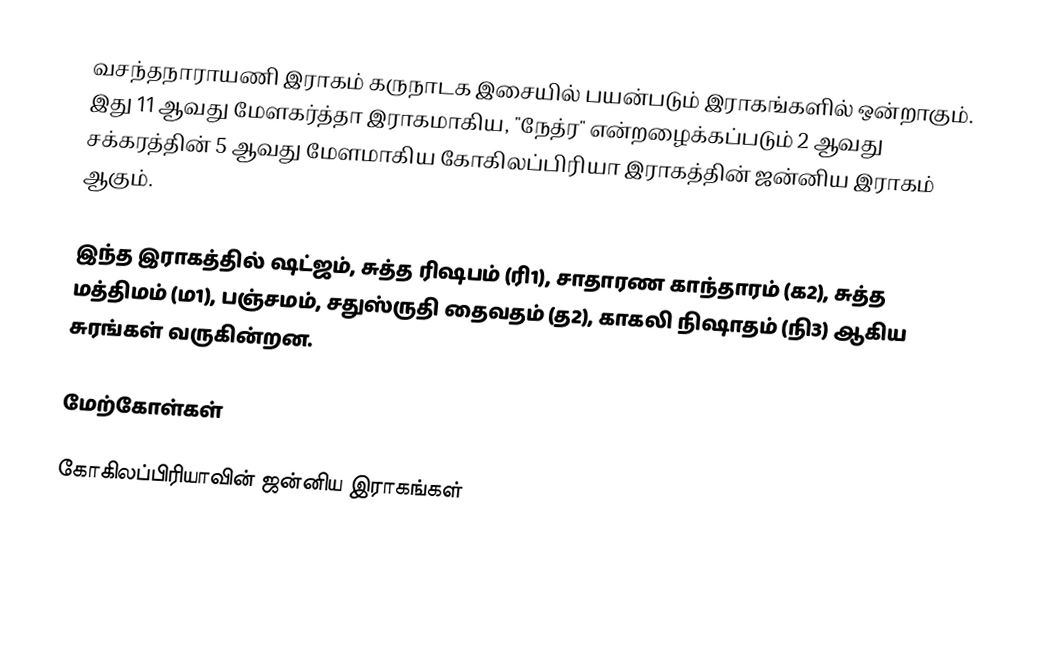
வசந்தநாராயணி இராகம் கருநாடக இசையில் பயன்படும் இராகங்களில் ஒன்றாகும். இது 11 ஆவது மேளகர்த்தா இராகமாகிய, "நேத்ர" என்றழைக்கப்படும் 2 ஆவது சக்கரத்தின் 5 ஆவது மேளமாகிய கோகிலப்பிரியா இராகத்தின் ஜன்னிய இராகம் ஆகும்.

இந்த இராகத்தில் ஷட்ஜம், சுத்த ரிஷபம் (ரி1), சாதாரண காந்தாரம் (க2), சுத்த மத்திமம் (ம1), பஞ்சமம்,  சதுஸ்ருதி தைவதம் (த2), காகலி நிஷாதம் (நி3) ஆகிய சுரங்கள் வருகின்றன.

மேற்கோள்கள்

கோகிலப்பிரியாவின் ஜன்னிய இராகங்கள்